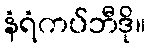
နံရံကပ်ဘီဒို။